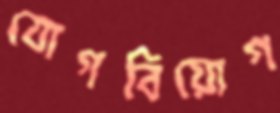
যোগবিয়োগ